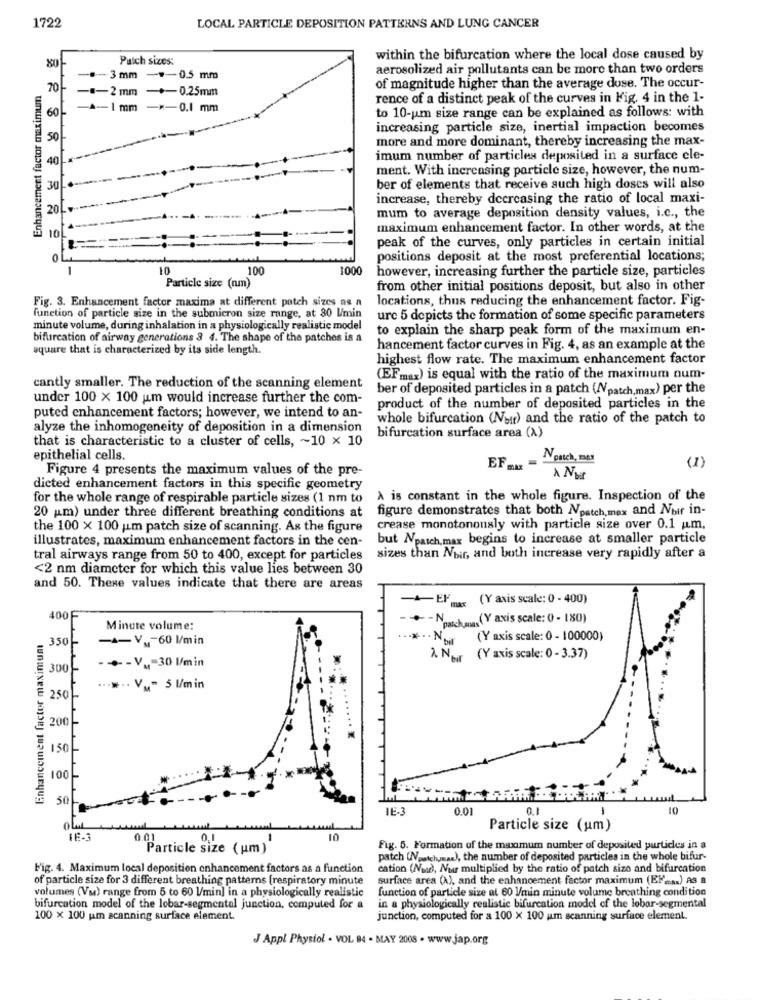
1722
LOCAL PARTICLE DEPOSITION PATTERNS AND LUNG CANCER
Patch sizes:
within the bifurcation where the local dose caused by
aerosolized air pollutants can be more than two orders
.- 3 mm -- 0.5 mm
Enhancement factor maximum
10/-
-.- 2 mm -+-0.25mm
of magnitude higher than the average duse. The occur-
rence of a distinct peak of the curves in Fig. 4 in the 1-
60
A-1 mm
-*- 0.1 mm
to 10-um size range can be explained as follows: with
increasing particle size, inertial impaction becomes
50
more and more dominant, thereby increasing the max-
40
imum number of particles deposited in a surface cle-
ment. With increasing particle size, however, the num-
30
ber of elements that receive such high doses will also
increase, thereby dcercasing the ratio of local maxi-
20
mum to average deposition density values, i.c ., the
10
maximum enhancement factor. In other words, at the
peak of the curves, only particles in certain initial
positions deposit at the most preferential locations;
0
100
1000
however, increasing further the particle size, particles
Particle size (nm)
from other initial positions deposit, but also in other
Fig. 3. Enhancement factor maxima at different patch sizes as a
locations, thus reducing the enhancement factor. Fig-
function of particle size in the submicron size range, at 30 U/min
urc 5 depicts the formation of some specific parameters
minute volume, during inhalation in a physiologically realistic model
to explain the sharp peak form of the maximum en-
bifurcation of airway generations 3 4. The shape of the patches is a
square that is characterized by its side length.
hancement factor curves in Fig. 4, as an example at the
highest flow rate. The maximum enhancement factor
(EFmax) is equal with the ratio of the maximum num-
cantly smaller. The reduction of the scanning element
ber of deposited particles in a patch (Npatch,max) per the
under 100 x 100 um would increase further the com-
product of the number of deposited particles in the
puted enhancement factors; however, we intend to an-
whole bifurcation (Nutr) and the ratio of the patch to
alyze the inhomogeneity of deposition in a dimension
that is characteristic to a cluster of cells, ~ 10 x 10
bifurcation surface area (A)
epithelial cells.
Noatch, BMX
Figure 4 presents the maximum values of the pre-
(1)
A Nut
dicted enhancement factors in this specific geometry
for the whole range of respirable particle sizes (1 nm to
À is constant in the whole figure. Inspection of the
20 um) under three different breathing conditions at
figure demonstrates that both Npatch, max and Noir in-
the 100 x 100 jum patch size of scanning. As the figure
crease monotonously with particle size over 0.1 u.m.
illustrates, maximum enhancement factors in the cen-
but Npatch, max begins to increase at smaller particle
tral airways range from 50 to 400, except for particles
sizes than Noir, and both increase very rapidly after a
<2 nm diameter for which this value lies between 30
and 50. These values indicate that there are areas
-Elma (Y axis scale: 0 - 400)
400F
· - Npatchmas (Y axis scale: 0 - 180)
Enhancement factor maximum
Minute volume:
350
--- V .- 60 l/min
..... No (Y axis scale: 0- 100000)
--- VM-30 l/min
À. Noir (Y axis scale: 0 - 3.37)
300
...... V .- 5 l/min
250-
200
150
100
50
1E-3
0.01
0.1
-
10
OLML
Particle size (um)
0.01
-
10
Particle size ( um)
Fig. 5. Formation of the maximum number of deposited particles in a
patch (Vpatchysa), the number of deposited particles in the whole bifur-
Fig. 4. Maximum local deposition enhancement factors as a function
cation (Nuad), Nur multiplied by the ratio of patch size and bifurcation
of particle size for 3 different breathing patterns [respiratory minute
surface area (1), and the enhancement factor maximum (El .. ) as a
volumes (Vu) range from 5 to 60 l/min] in a physiologically realistic
function of particle size at 60 l/min minute volume breathing condition
bifurcation model of the lobar-segmental junction, computed for a
in a physiologically realistic bifurcation model of the lobar-segmental
100 x 100 um scanning surface element.
junction, computed for a 100 x 100 um scanning surface element.
J Appl Physiol . VOL 94 - MAY 2008 . www.jap.org